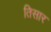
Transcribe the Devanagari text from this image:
तिसार